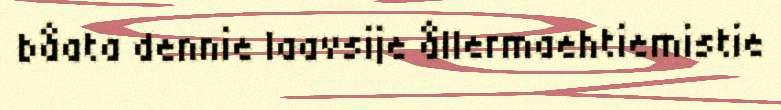
båata dennie laavsije ållermaehtiemistie